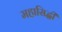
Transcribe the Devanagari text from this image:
महासिद्धी